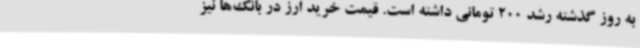
به روز گذشته رشد 200 تومانی داشته است. قیمت خرید ارز در بانک‌ها نیز